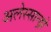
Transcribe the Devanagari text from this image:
अलेस्सान्ड्रो